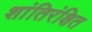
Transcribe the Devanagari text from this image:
शांतिरंक्षित